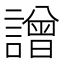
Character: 譄